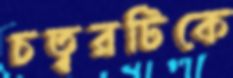
চত্বরটিকে